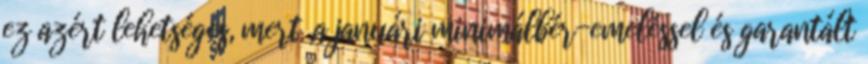
ez azért lehetséges, mert „a januári minimálbér-emeléssel és garantált